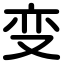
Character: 变